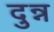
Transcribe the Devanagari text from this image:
दुन्न